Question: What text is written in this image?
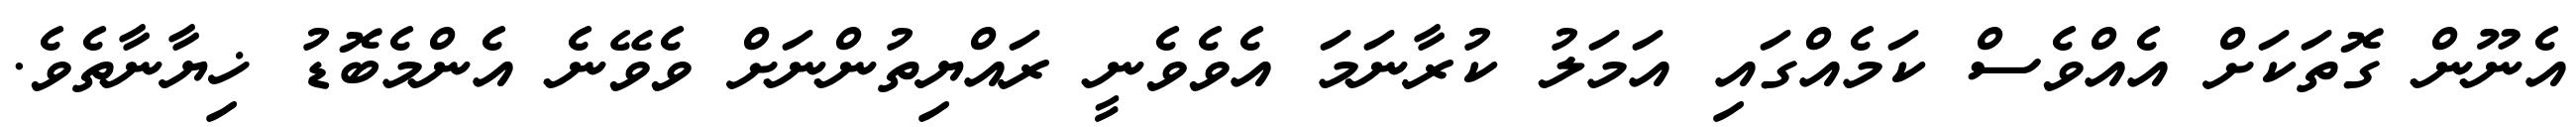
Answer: އެނޫން ގޮތަކަށް އެއްވެސް ކަމެއްގައި އަމަލު ކުރާނަމަ އެވެވެނީ ރައްޔިތުންނަށް ވެވޭނެ އެންމެބޮޑު ޚިޔާނާތެވެ.